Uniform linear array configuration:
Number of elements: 12
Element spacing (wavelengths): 0.25
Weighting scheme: binomial
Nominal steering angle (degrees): -15
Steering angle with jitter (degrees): -14.989
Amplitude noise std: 0.05
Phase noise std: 0.05

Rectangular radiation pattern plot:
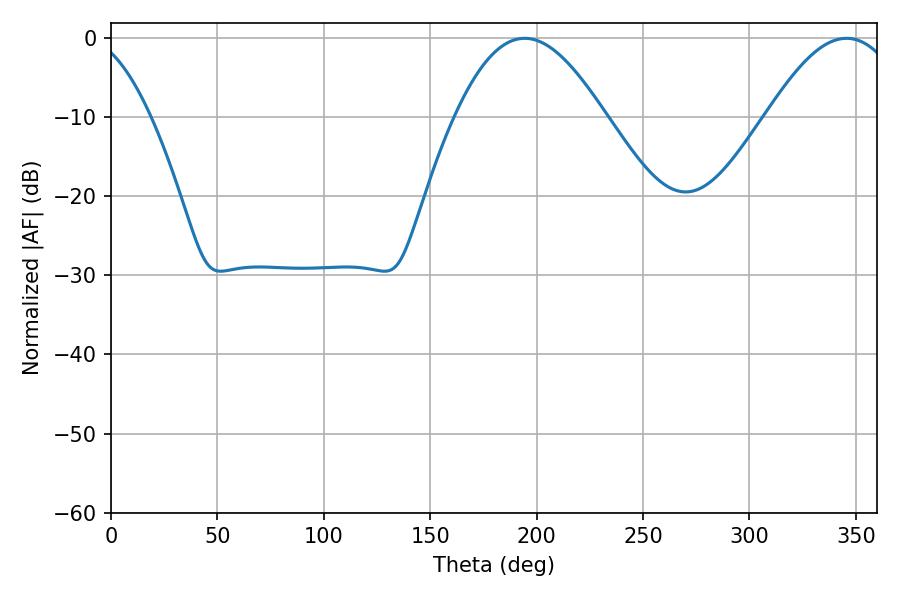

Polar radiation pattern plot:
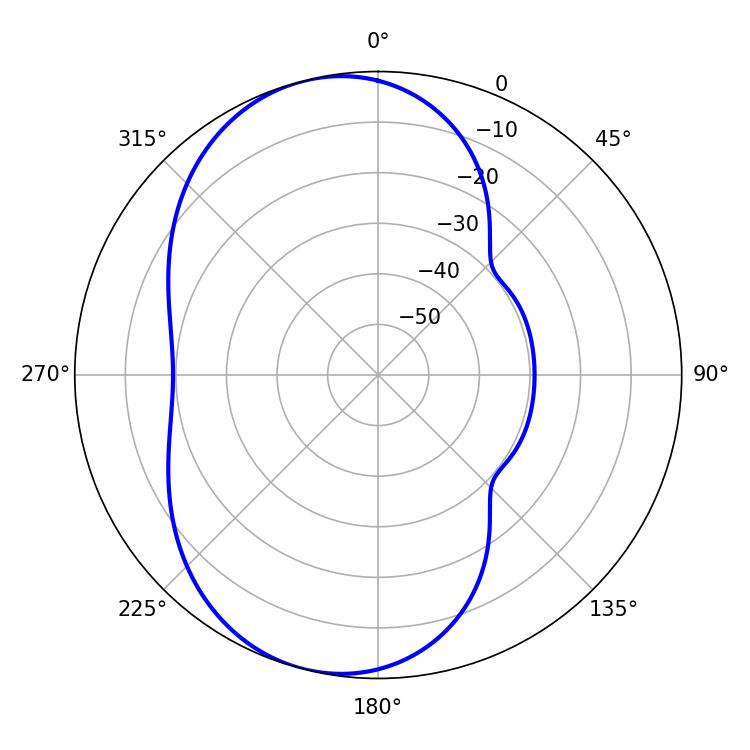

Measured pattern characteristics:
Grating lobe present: FALSE
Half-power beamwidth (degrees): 38.16
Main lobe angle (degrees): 194.4